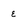
Character: e